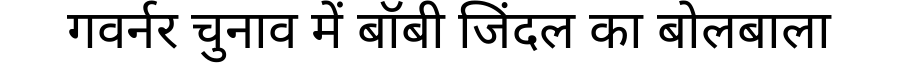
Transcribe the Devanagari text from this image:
गवर्नर चुनाव में बॉबी जिंदल का बोलबाला